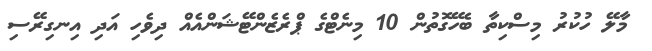
މާލޭ ހުކުރު މިސްކިތާ ބެހޭގޮތުން 10 މިނެޓްގެ ޕްރެޒެންޓޭޝަންއެއް ދިވެހި އަދި އިނގިރޭސި